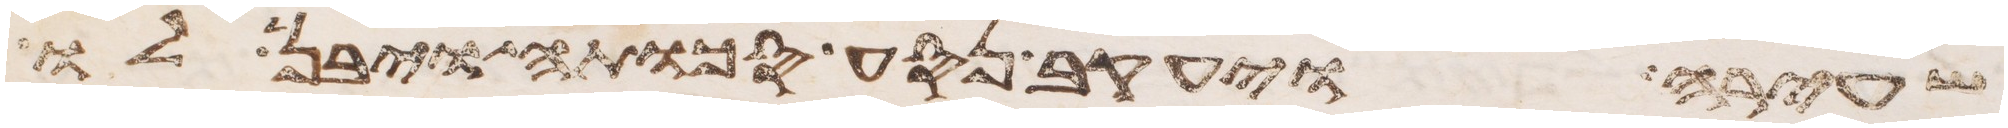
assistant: שעירה ויעקב נסע סכותה ויבן לו